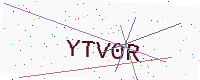
Text: YTV0R